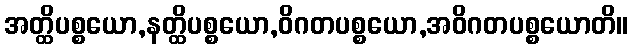
အတ္ထိပစ္စယော,နတ္ထိပစ္စယော,ဝိဂတပစ္စယော,အဝိဂတပစ္စယောတိ။